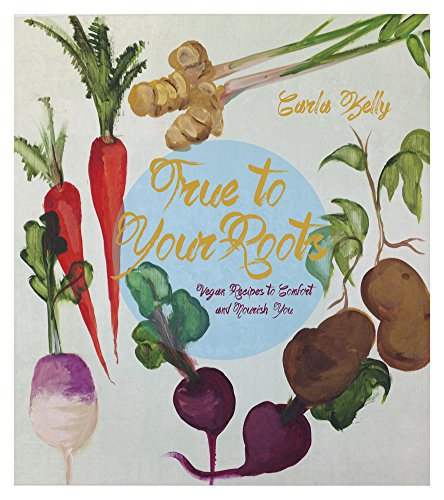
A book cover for True to Your Roots: Vegan Recipes to Comfort and Nourish You; Carla Kelly; Cookbooks, Food & Wine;